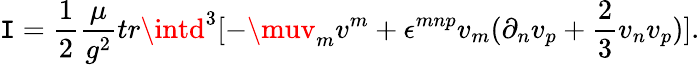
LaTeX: \mathtt{I}=\frac{{1}}{{2}}\frac{{\mu}}{{g^{2}}}tr\intd^{3}[-\muv_{m}v^{m}+\epsilon^{mnp}v_{m}(\partial_{n}v_{p}+\frac{{2}}{{3}}v_{n}v_{p})].